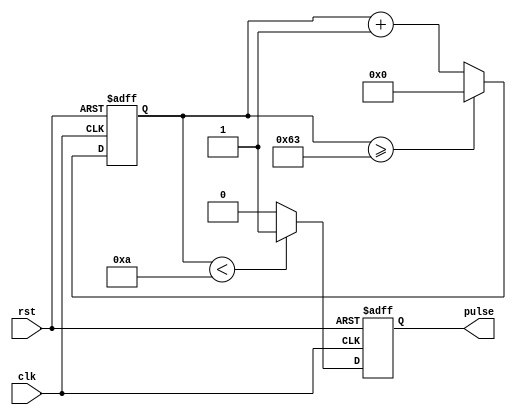
module SimplePulseGenerator (
    input wire clk,
    input wire rst,
    output reg pulse
);

reg [31:0] count;

// Timing control block
parameter PULSE_WIDTH = 10;  // Pulse width in clock cycles
parameter PULSE_PERIOD = 100;  // Pulse period in clock cycles

always @(posedge clk or posedge rst) begin
    if (rst) begin
        count <= 0;
        pulse <= 0;
    end else begin
        if (count < PULSE_WIDTH) begin
            pulse <= 1;
        end else begin
            pulse <= 0;
        end
        
        count <= count + 1;
        if (count >= PULSE_PERIOD - 1) begin
            count <= 0;
        end
    end
end

endmodule